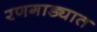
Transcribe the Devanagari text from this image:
रणगाड्यात